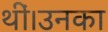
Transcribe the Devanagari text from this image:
थीं।उनका